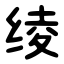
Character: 绫